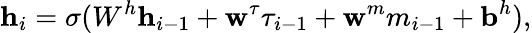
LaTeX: \textbf{h}_{i}=\sigma(W^{h}\textbf{h}_{i-1}+\textbf{w}^{\tau}\tau_{i-1}+\textbf{w}^{m}m_{i-1}+\textbf{b}^{h}),